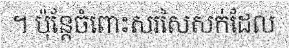
។ ប៉ុន្តែចំពោះសរសៃសក់ដែល